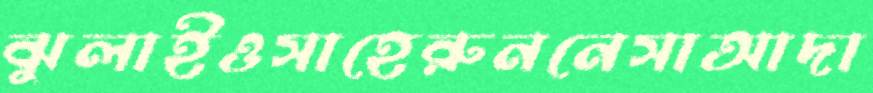
ঝুলাইওসাহেরুননেসাআদা